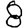
Digit: 8